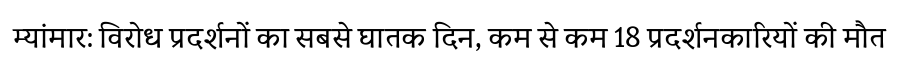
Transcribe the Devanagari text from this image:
म्यांमार: विरोध प्रदर्शनों का सबसे घातक दिन, कम से कम 18 प्रदर्शनकारियों की मौत